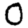
Digit: 0